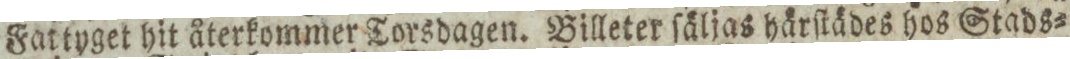
Fattyget hit återkommer Torsdagen. Billeter ſäljas härſtädes hos Stads=